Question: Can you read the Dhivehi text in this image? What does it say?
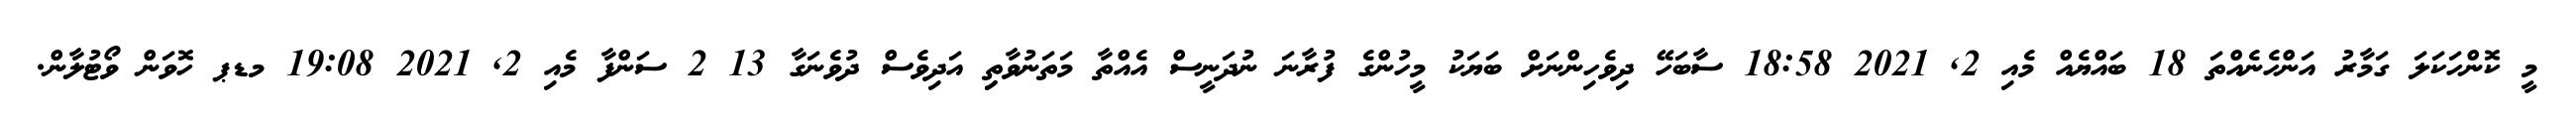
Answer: މީ ކޮންހަކަލަ ގަމާރު އަންހެނެއްތަ 18 ބައްޔެއް މެއި 2, 2021 18:58 ސާބަހޭ ދިވެހިންނަށް ބަޔަކު މީހުންގެ ފުރާނަ ނުދަނީސް އެއްތާ މަތަނުވާތިި އަދިވެސް ދުވެނަގާ 13 2 ސަންފާ މެއި 2, 2021 19:08 މޑޕ ހޮވަން ވޯޓުލާން.